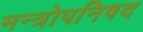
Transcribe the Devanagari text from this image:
मन्त्रोपनिषद